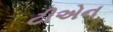
ટીએન